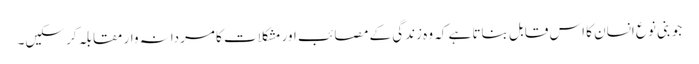
جو بنی نوع انسان کا اس قابل بناتا ہے کہ وہ زندگی کے مصائب اور مشکلات کا مردانہ وار مقابلہ کر سکیں۔